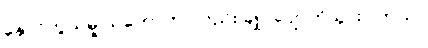
နှောင်တွယ်မှု သဘောဟာလည်း ချုပ်ပျောက်သွားပါတယ်။